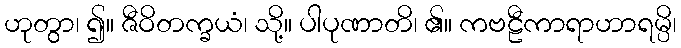
ဟုတွာ၊ ၍။ ဇီဝိတက္ခယံ၊ သို့။ ပါပုဏာတိ၊ ၏။ ကဗဠီကာရာဟာရမ္ပိ၊